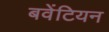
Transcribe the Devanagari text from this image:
बवेंटियन